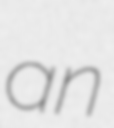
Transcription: an